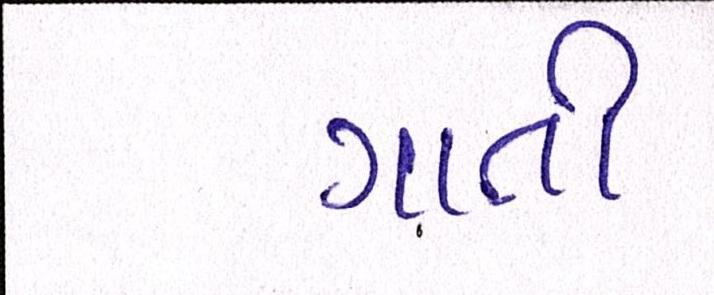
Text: ગાતી